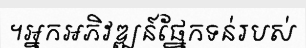
។អ្នកអភិវឌ្ឍន៍ផ្នែកទន់របស់